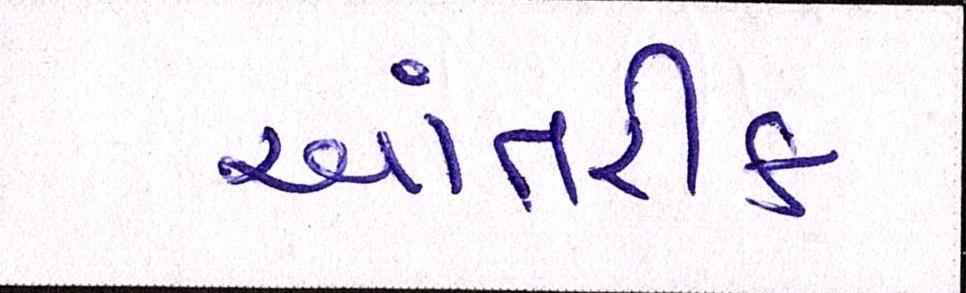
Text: આંતરીક